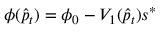
\phi ( \hat { p } _ { t } ) = \phi _ { 0 } - V _ { 1 } ( \hat { p } _ { t } ) s ^ { * }